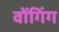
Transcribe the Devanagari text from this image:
वोंगिंग